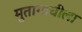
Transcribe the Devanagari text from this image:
मुतागाचीला